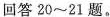
回答20~21题。